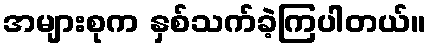
အများစုက နှစ်သက်ခဲ့ကြပါတယ်။